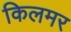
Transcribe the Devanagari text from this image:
किलमर